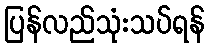
ပြန်လည်သုံးသပ်ရန်